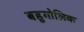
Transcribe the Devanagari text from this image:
बहुगोलिक